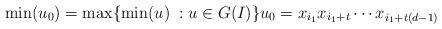
LaTeX: \begin{align*}\min(u_0)=\max\{\min(u)\; : u \in G(I)\} u_0=x_{i_1}x_{i_1+t}\cdots x_{i_1+t(d-1)}\end{align*}